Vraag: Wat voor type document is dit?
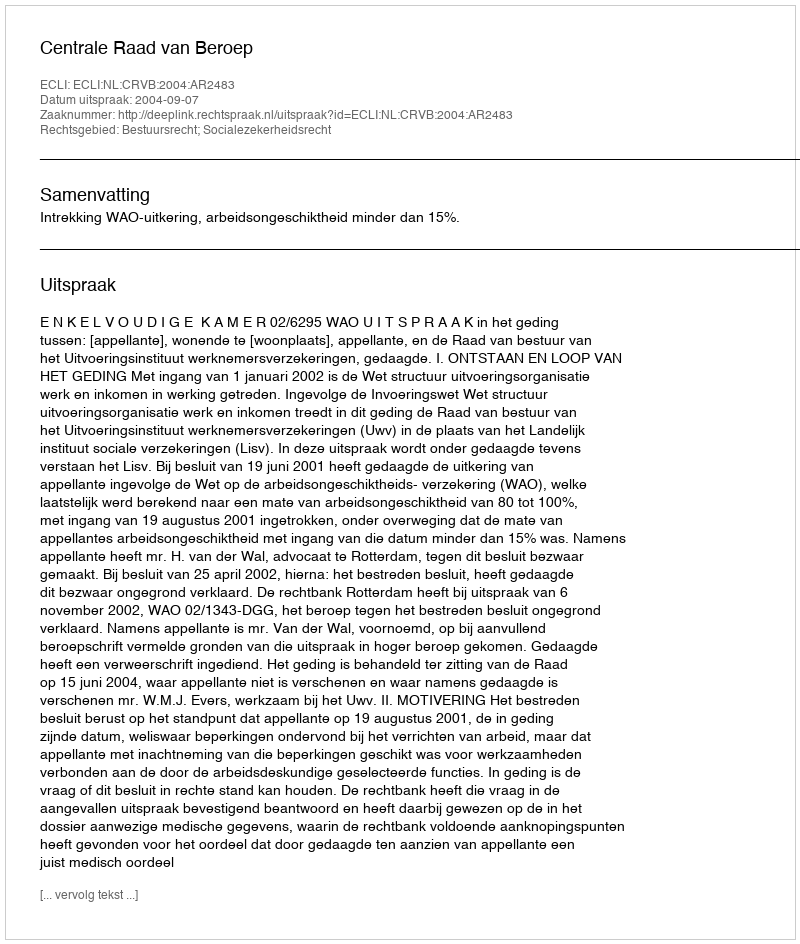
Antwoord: Uitspraak